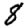
Digit: 8